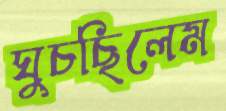
ঘুচছিলেম